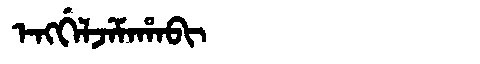
Manchu: ᡝᠩᡤᡝᠯᠵᡝᠮᠠᡥᠠᠪᡳ
Romanization: ENGGELJEMAHABI